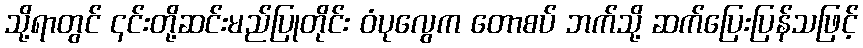
သို့ရာတွင် ၎င်းတို့ဆင်းမည်ပြုတိုင်း ဝံပုလွေက တောစပ် ဘက်သို့ ဆက်ပြေးပြန်သဖြင့်